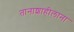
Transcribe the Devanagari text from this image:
तानाशाहीलाना